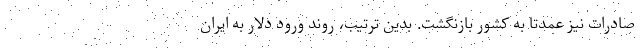
صادرات نیز عمدتاً به کشور بازنگشت. بدین ترتیب، روند ورود دلار به ایران